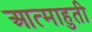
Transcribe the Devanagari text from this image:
आत्माहुती